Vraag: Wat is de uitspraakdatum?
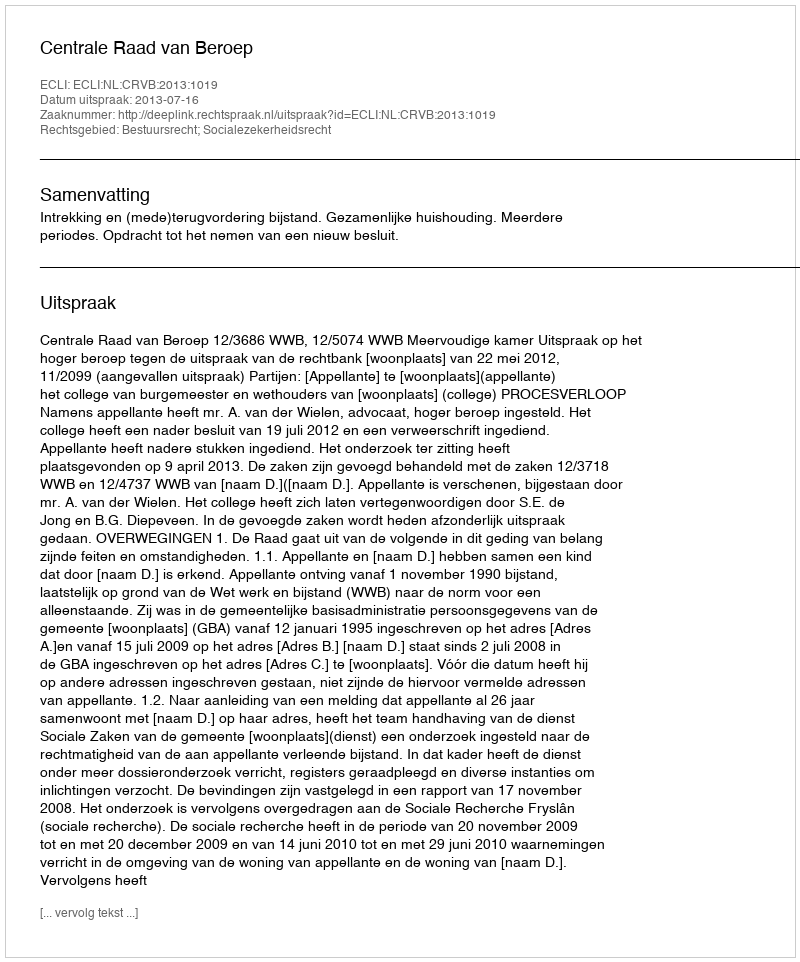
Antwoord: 2013-07-16